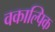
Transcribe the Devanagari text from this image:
वकाल्पिक